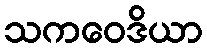
သကဝေဒိယာ